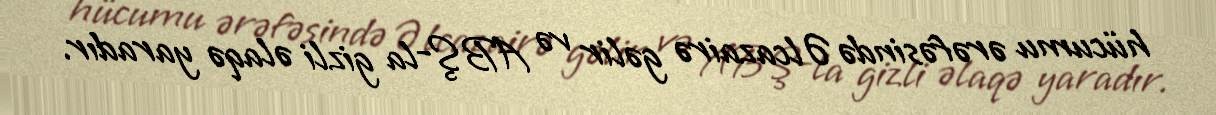
hücumu ərəfəsində Əlcazairə gəlir və ABŞ-la gizli əlaqə yaradır.